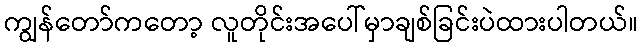
ကျွန်တော်ကတော့ လူတိုင်းအပေါ်မှာချစ်ခြင်းပဲထားပါတယ်။